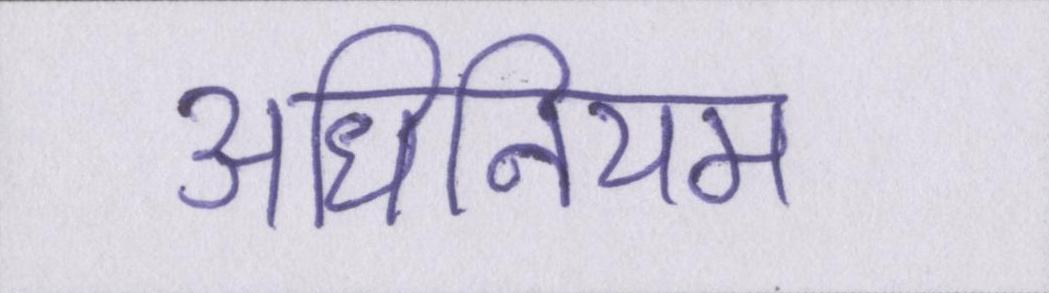
अधिनियम